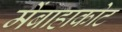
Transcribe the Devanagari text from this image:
मेंबाहाकोट